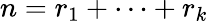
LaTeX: n=r_{1}+\cdots+r_{k}